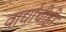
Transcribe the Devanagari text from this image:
वाद्यांचीही